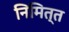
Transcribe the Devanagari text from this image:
निमित्‍त